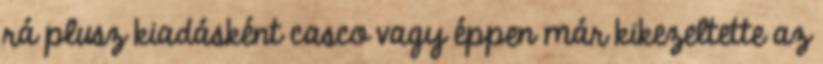
rá plusz kiadásként casco vagy éppen már kikezeltette az